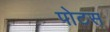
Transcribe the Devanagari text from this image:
पोटस